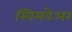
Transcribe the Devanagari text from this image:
स्विमवेअर